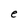
Character: e